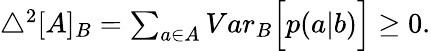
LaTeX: \begin{array}{r}{\bigtriangleup^{2}[A]_{B}=\sum_{a\in A}{Var}_{B}\Big[p(a|b)\Big]\geq 0.}\end{array}